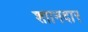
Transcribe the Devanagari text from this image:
शाानदार